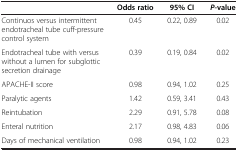
<table><thead><tr><td><b> </b></td><td><b>Odds ratio</b></td><td><b>95% CI</b></td><td><b><i>P</i>-value</b></td></tr></thead><tbody><tr><td>Continuos versus intermittent endotracheal tube cuff-pressure control system</td><td>0.45</td><td>0.22, 0.89</td><td>0.02</td></tr><tr><td>Endotracheal tube with versus without a lumen for subglottic secretion drainage</td><td>0.39</td><td>0.19, 0.84</td><td>0.02</td></tr><tr><td>APACHE-II score</td><td>0.98</td><td>0.94, 1.02</td><td>0.25</td></tr><tr><td>Paralytic agents</td><td>1.42</td><td>0.59, 3.41</td><td>0.43</td></tr><tr><td>Reintubation</td><td>2.29</td><td>0.91, 5.78</td><td>0.08</td></tr><tr><td>Enteral nutrition</td><td>2.17</td><td>0.98, 4.83</td><td>0.06</td></tr><tr><td>Days of mechanical ventilation</td><td>0.98</td><td>0.94, 1.02</td><td>0.23</td></tr></tbody></table>